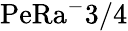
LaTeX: \mathrm{PeRa^{-}{3/4}}